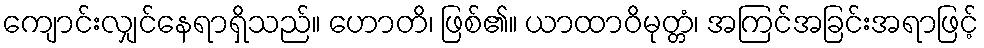
ကျောင်းလျှင်နေရာရှိသည်။ ဟောတိ၊ ဖြစ်၏။ ယာထာဝိမုတ္တံ၊ အကြင်အခြင်းအရာဖြင့်